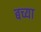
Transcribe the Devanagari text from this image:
बच्या